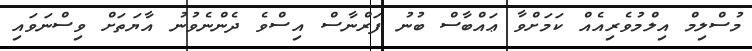
މުސްލިމް އިލްމުވެރިއެއް ކަމަށްވާ ޢައްބާސް ބުނު ފަރްނާސް އިސްވެ ދެންނެވުނު އާޔަތަށް ވިސްނަވައި